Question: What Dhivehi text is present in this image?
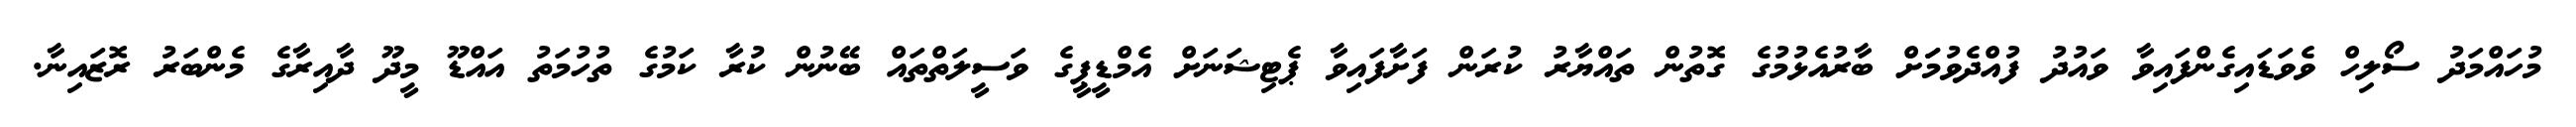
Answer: މުހައްމަދު ސޯލިހް ވެވަޑައިގެންފައިވާ ވައުދު ފުއްދެވުމަަށް ބާރުއެޅުމުގެ ގޮތުން ތައްޔާރު ކުރަން ފަށާފައިވާ ޕެޓިޝަނަށް އެމްޑީޕީގެ ވަސީލަތްތައް ބޭނުން ކުރާ ކަމުގެ ތުހުމަތު އައްޑޫ މީދޫ ދާއިރާގެ މެންބަރު ރޮޒައިނާ.